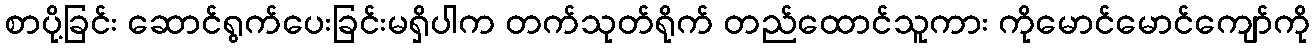
စာပို့ခြင်း ဆောင်ရွက်ပေးခြင်းမရှိပါက တက်သုတ်ရိုက် တည်ထောင်သူကား ကိုမောင်မောင်ကျော်ကို